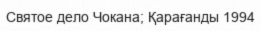
Святое дело Чокана; Қарағанды 1994